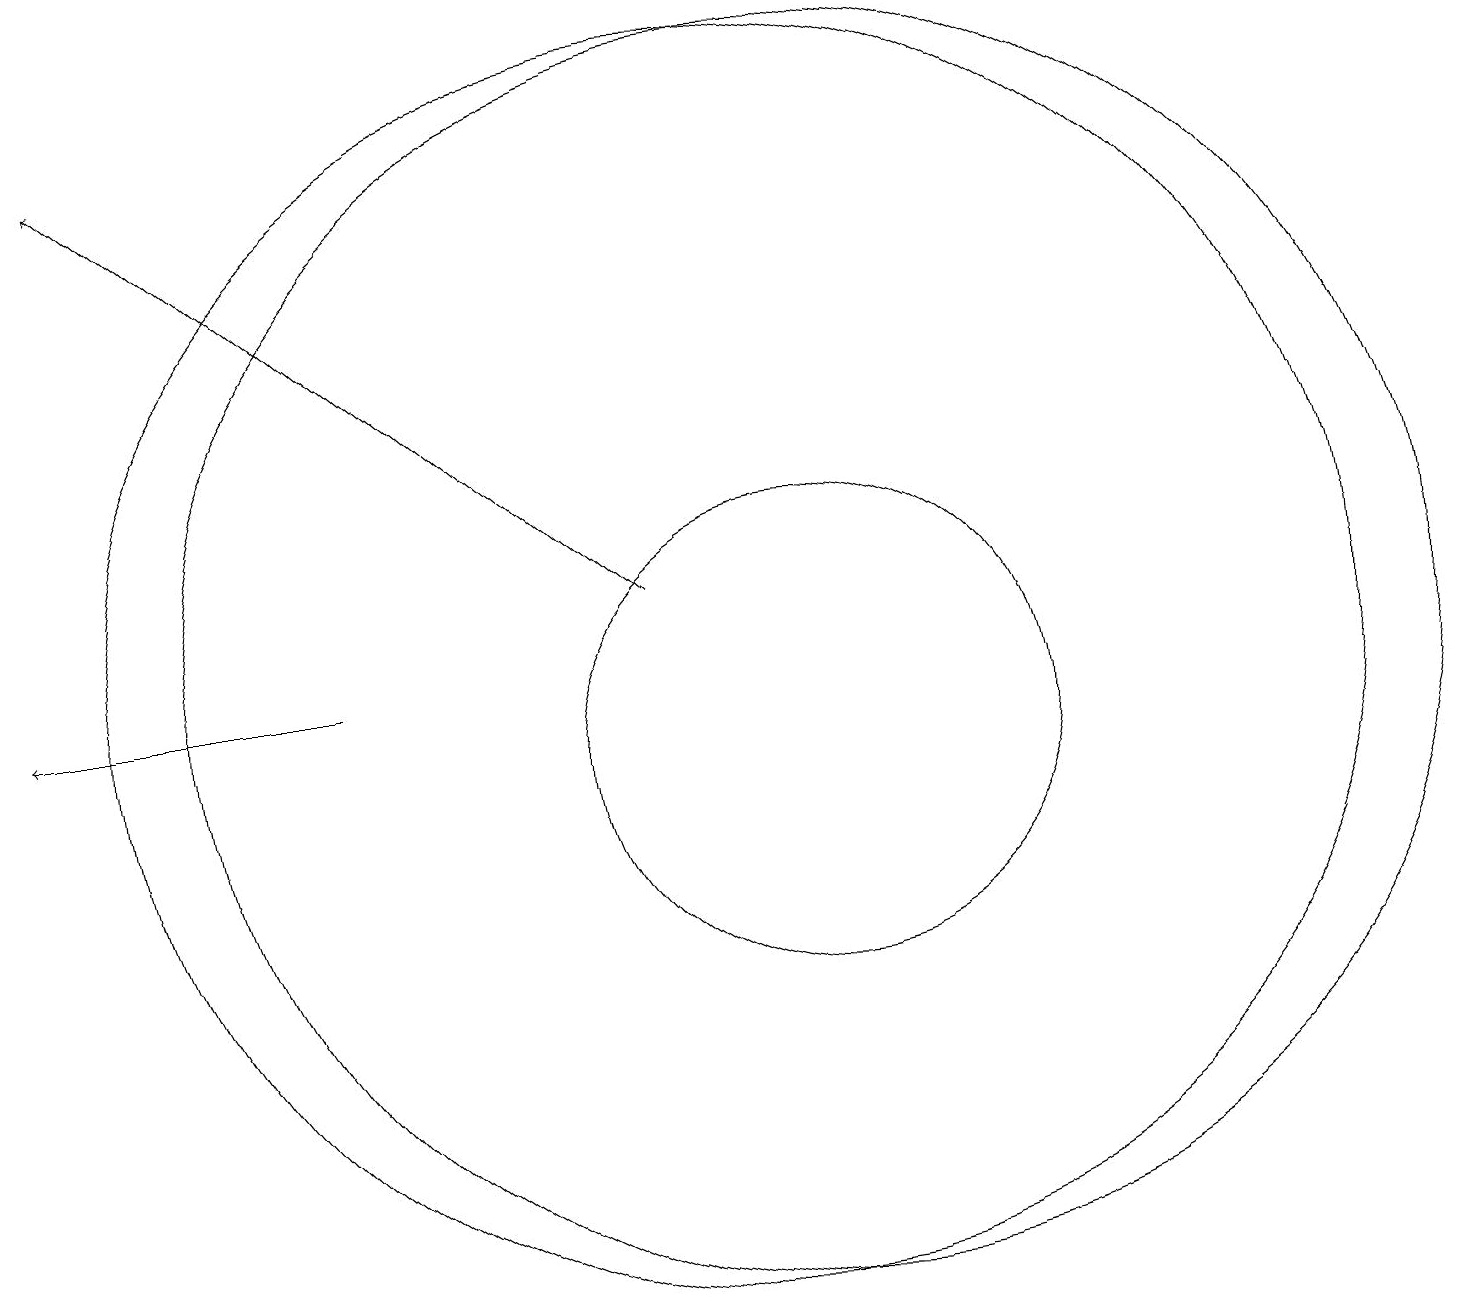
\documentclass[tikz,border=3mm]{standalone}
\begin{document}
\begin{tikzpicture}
\draw[->] (5,11) -- (1,11);
\draw (11,11) circle (8);
\draw[->] (9,12) -- (2,18);
\draw (11,10) circle (3);
\draw (10,11) circle (8);
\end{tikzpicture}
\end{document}